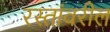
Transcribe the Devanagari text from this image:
रस्तांवरील